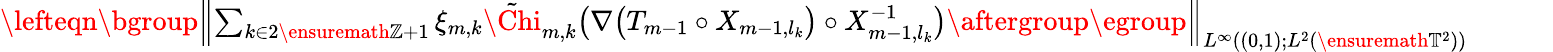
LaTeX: \begin{array}{rl}{\lefteqn{\mathopen{}\mathclose\bgroup\left\| \sum_{k\in 2\ensuremath{\mathbb{Z}}+1}\xi_{m,k}\tilde{\Chi}_{m,k}\bigl(\nabla\bigl(T_{m-1}\circ X_{m-1,l_{k}}\bigr)\circ X_{m-1,l_{k}}^{-1}\bigr)\aftergroup\egroup\right\| _{L^{\infty}((0,1);L^{2}(\ensuremath{\mathbb{T}}^{2}))}}\qquad}&{{}}\end{array}